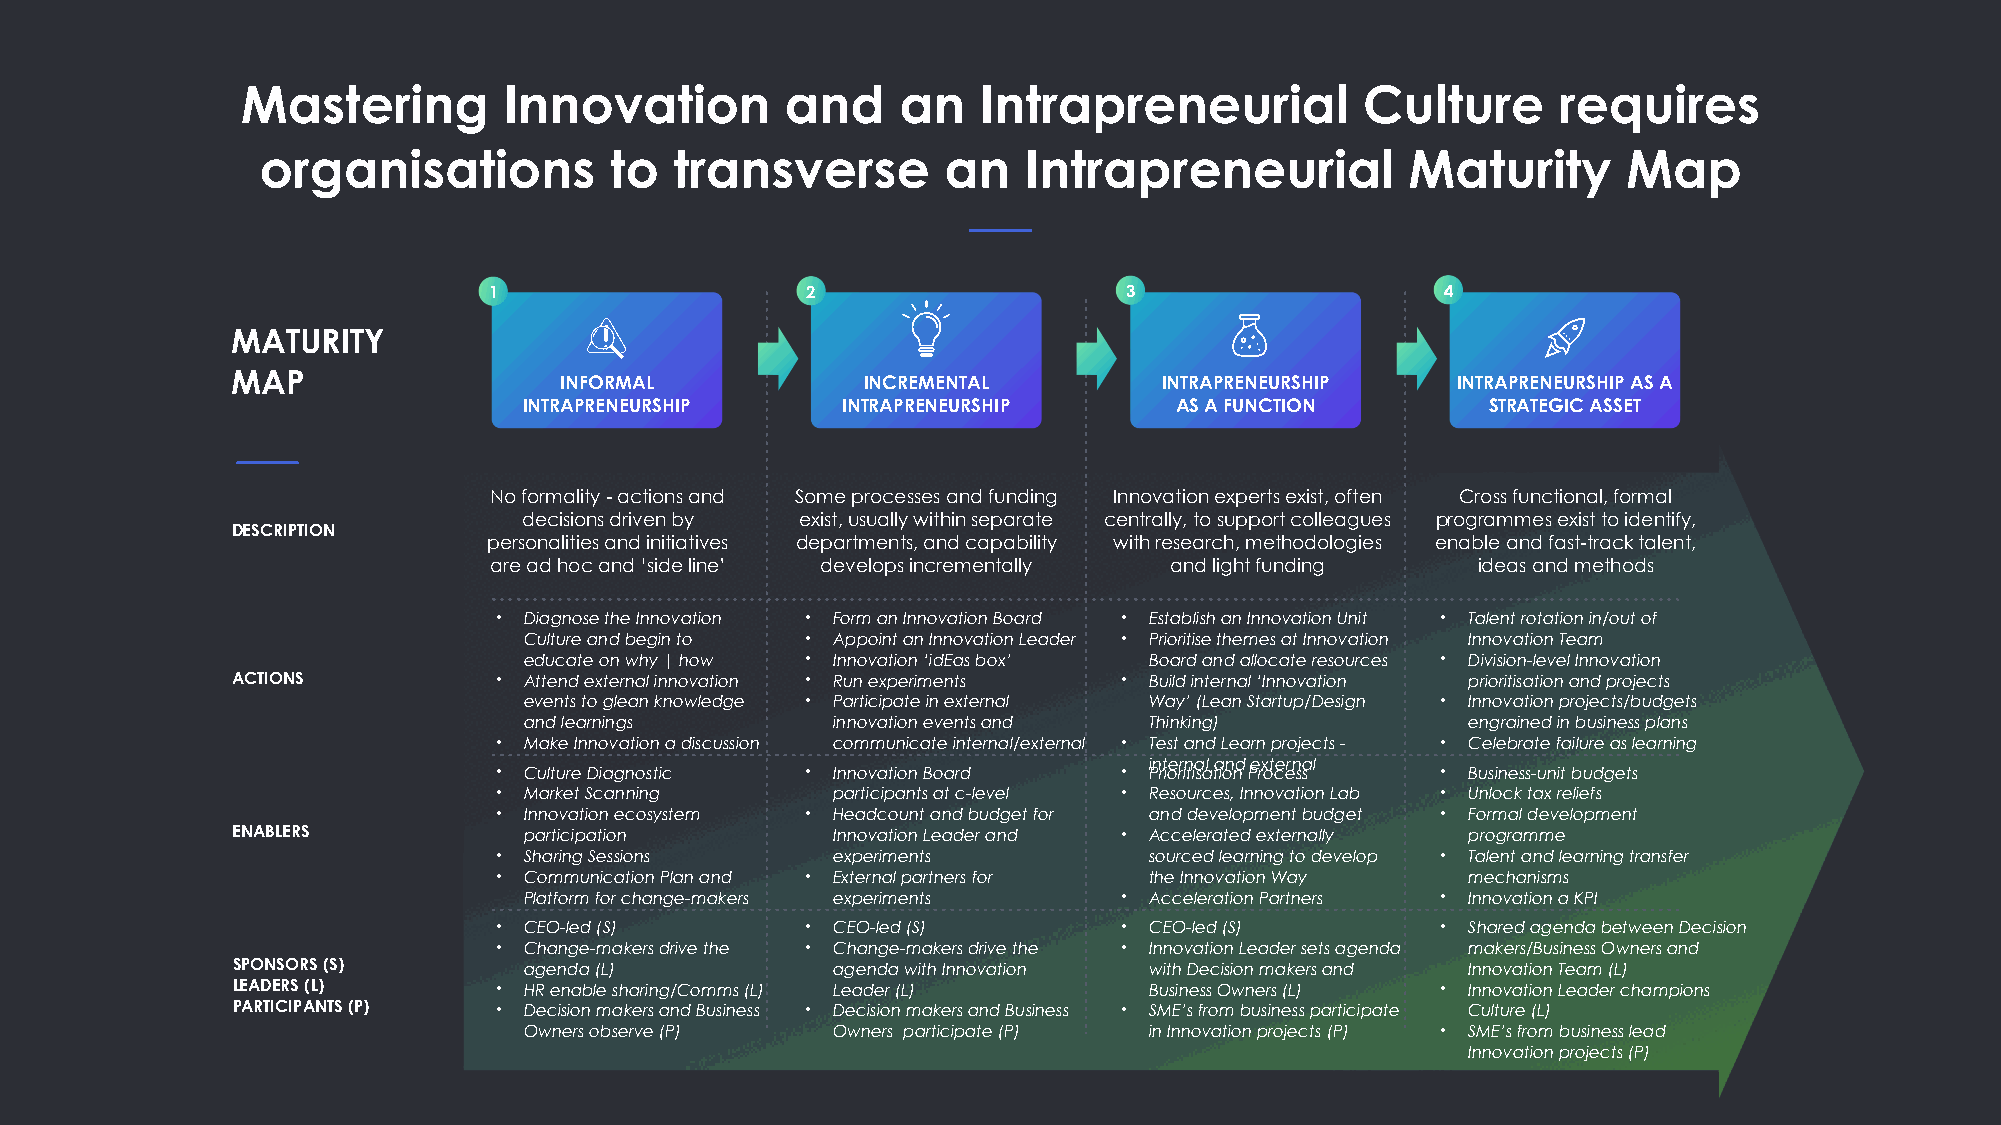
Mastering        Innovation         and     an   Intrapreneurial          Culture      requires
 organisations          to   transverse       an    Intrapreneurial          Maturity       Map
 1                    2                    3                     4
 MATURITY
 MAP                   INFORMAL            INCREMENTAL         INTRAPRENEURSHIP   INTRAPRENEURSHIP AS A
 INTRAPRENEURSHIP     INTRAPRENEURSHIP      AS A FUNCTION        STRATEGIC ASSET
 No formality - actions and Some processes and funding Innovation experts exist, often Cross functional, formal
 decisions driven by exist, usually within separate centrally, to support colleagues programmes exist to identify,
 DESCRIPTION
 personalities and initiatives departments, and capability with research, methodologies enable and fast-track talent,
 are ad hoc and ‘side line’ develops incrementally and light funding ideas and methods
 • Diagnose the Innovation • Form an Innovation Board • Establish an Innovation Unit • Talent rotation in/out of
 Culture and begin to • Appoint an Innovation Leader • Prioritise themes at Innovation Innovation Team
 educate on why | how • Innovation ‘idEas box’ Board and allocate resources • Division-level Innovation
 ACTIONS           • Attend external innovation • Run experiments • Build internal ‘Innovation prioritisation and projects
 events to glean knowledge • Participate in external Way’ (Lean Startup/Design • Innovation projects/budgets
 and learnings       innovation events and Thinking)           engrained in business plans
 • Make Innovation a discussion communicate internal/external • Test and Learn projects - • Celebrate failure as learning
 internal and external
 • Culture Diagnostic • Innovation Board  • Prioritisation Process • Business-unit budgets
 • Market Scanning     participants at c-level • Resources, Innovation Lab • Unlock tax reliefs
 • Innovation ecosystem • Headcount and budget for and development budget • Formal development
 ENABLERS            participation       Innovation Leader and • Accelerated externally programme
 • Sharing Sessions    experiments          sourced learning to develop • Talent and learning transfer
 • Communication Plan and • External partners for the Innovation Way mechanisms
 Platform for change-makers experiments • Acceleration Partners • Innovation a KPI
 • CEO-led (S)       • CEO-led (S)        • CEO-led (S)        • Shared agenda between Decision
 • Change-makers drive the • Change-makers drive the • Innovation Leader sets agenda makers/Business Owners and
 SPONSORS (S)        agenda (L)          agenda with Innovation with Decision makers and Innovation Team (L)
 LEADERS (L)       • HR enable sharing/Comms (L) Leader (L)   Business Owners (L) • Innovation Leader champions
 PARTICIPANTS (P)  • Decision makers and Business • Decision makers and Business • SME’s from business participate Culture (L)
 Owners observe (P)  Owners participate (P) in Innovation projects (P) • SME’s from business lead
 Innovation projects (P)